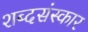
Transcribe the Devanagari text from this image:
शब्दसंस्कार